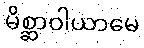
မိစ္ဆာဝါယာမေ